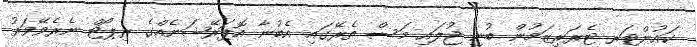
ކައުންޓަރ ޓެރަރިޒަމުން ބުނި ޖުލައި މަސް ތެރޭގައި އެބުނާ އޮޕަރޭޝަނެއްގެ ރިޕޯޓް ނެރެވޭވަރު